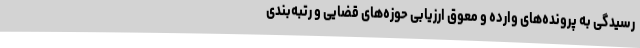
رسیدگی به پرونده‌های وارده و معوق ارزیابی حوزه‌های قضایی و رتبه‌بندی